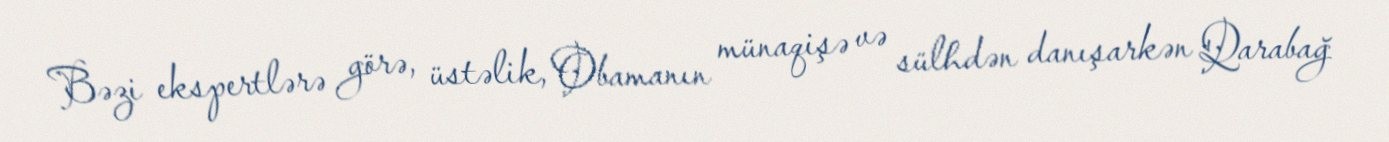
Bəzi ekspertlərə görə, üstəlik, Obamanın münaqişə və sülhdən danışarkən Qarabağ